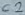
Text: C2